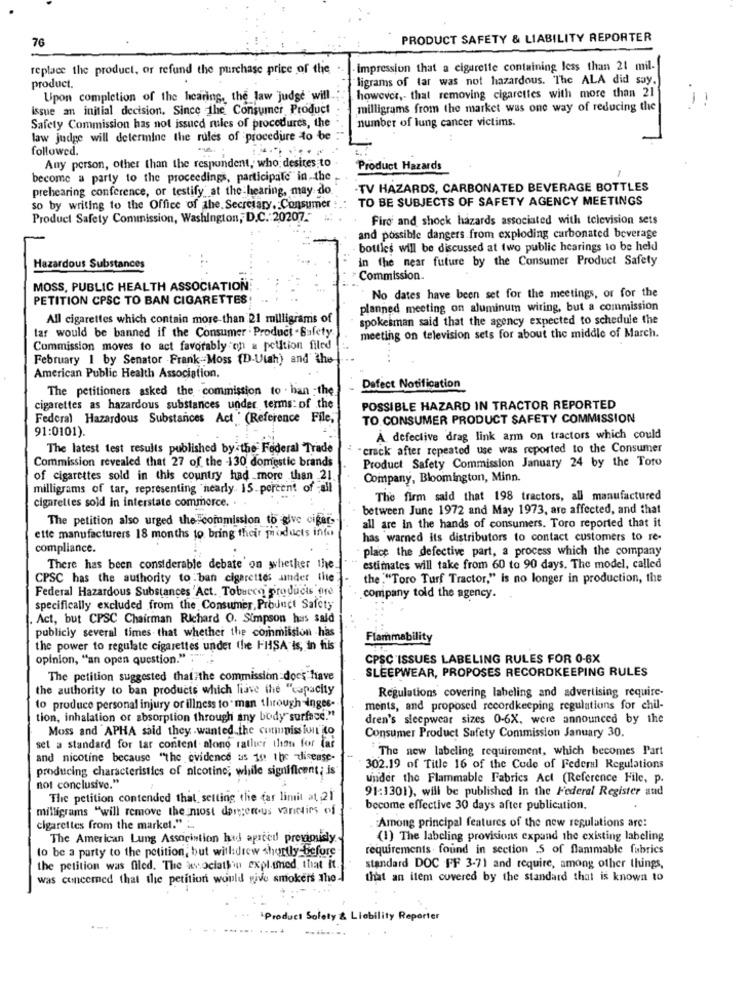
76
PRODUCT SAFETY & LIABILITY REPORTER
replace the product, or refund the purchase price of the
- impression that a cigarette containing less than 21 mil-
product.
"ligrams of tar was not hazardous. The ALA did say,
however ,- that removing cigarettes with more than 21
Upon completion of the hearing, the law judge will
issue an initial decision. Since the Consumer Product
milligrams from the market was one way of reducing the
1
number of lung cancer victims.
Safety Commission has not issued rules of procedures, the
law judge will determine the rules of procedure to be
followed.
-
Any person, other than the respondent, who; desites to
Product Hazards
become a party to the proceedings, participate in the
prehearing conference, or testify at the hearing, may do
-TV HAZARDS, CARBONATED BEVERAGE BOTTLES
TO BE SUBJECTS OF SAFETY AGENCY MEETINGS
so by writing to the Office of the. Secretary, Consumer
Product Safety Commission, Washington, D.C. 20207 .-
Firo and shock hazards associated with television sets
and possible dangers from exploding carbonated beverage
bottles will be discussed at two public hearings to be held
In the near future by the Consumer Product Safety
Hazardous Substances
Commission.
MOSS, PUBLIC HEALTH ASSOCIATION
PETITION CPSC TO BAN CIGARETTES
No dates have been set for the meetings, or for the
planned meeting on aluminum wiring, but a commission
All cigarettes which contain more than 21 milligrams of
spokesman said that the agency expected to schedule the
tar would be banned if the Consumer Product - Safety.
meeting on television sets for about the middle of March.
Commission moves to act favorably on a petition filed
February 1 by Senator . Frank-Moss (D-Utah) and the
American Public Health Association.
The petitioners asked the commission to han the
Defect Notification
cigarettes as hazardous substances under terms: of the
POSSIBLE HAZARD IN TRACTOR REPORTED
Federal Hazardous Substances Act ' (Reference File,"
TO CONSUMER PRODUCT SAFETY COMMISSION
91:0101).
A defective drag link arm on tractors which could
The latest test results published by the Federal Trade
crack after repeated use was reported to the Consumer
Commission revealed that 27 of the -130 domestic brands
Product Safety Commission January 24 by the Toro
of cigarettes sold in this country had more than 21
Company, Bloomington, Minn.
milligrams of tar, representing nearly. 15 percent of all
The firm said that 198 tractors, all manufactured
cigarettes sold in interstate commerce. . .
between June 1972 and May 1973, are affected, and that
The petition also urged the commission to give cigars
all are in the hands of consumers. Toro reported that it
ette manufacturers 18 months to bring their products info
has warned its distributors to contact customers to re-
compliance.
place the defective part, a process which the company
There has been considerable debate on whether the
estimates will take from 60 to 90 days. The model, called
CPSC has the authority to ban cigarettes under the
the ."Toro Turf Tractor," is no longer in production, the
Federal Hazardous Substances Act. Toburro products are
company told the agency ..
specifically excluded from the Consumer, Product Safety
. Act, but CPSC Chairman Richard O. Simpson has said
publicly several times that whether the commission has
Flammability
the power to regulate cigarettes under the HHSA is, in his
opinion, "an open question."
CPSC 'ISSUES LABELING RULES FOR 0-6X
SLEEPWEAR, PROPOSES RECORDKEEPING RULES
The petition suggested that the commission does have
the authority to ban products which liave the "capacity
Regulations covering labeling and advertising require-
to produce personal injury or illness to man through-inges-
ments, and proposed recordkeeping regulations for chil-
tion, inhalation or absorption through any body surface."
dren's sleepwear sizes 0-6X, were announced by the
Moss and APHA said they wanted the communissivil to
Consumer Product Safety Commission January 30.
set a standard for lar content alone rather than for far
"The new labeling requirement, which becomes Part
and nicotine because "the evidence us in the disease.
producing characteristics of nicotine; while significant; is
302.19 of Title 16 of the Code of Federal Regulations
under the Flammable Fabrics Act (Reference File, p.
not conclusive."
91:1301), will be published in the Federal Register and
The petition contended that setting the far limit at 21
milligrams "will remove the most dangerous varieties of
become effective 30 days after publication.
cigarettes from the market." _
Among principal features of the new regulations are:
The American Lung Association had apried previously-
(1) The labeling provisions expand the existing labeling
to be a party to the petition, but will:drew shortly before
requirements found in section 5 of flammable fabrics
the petition was filled. The xwociathin expl.med, that it.
standard DOC FF 3-71 and require, among other things,
was concerned that the petition would give smokers the
that an item covered by the standard that is known to
IProduct Solety & Liability Reporter